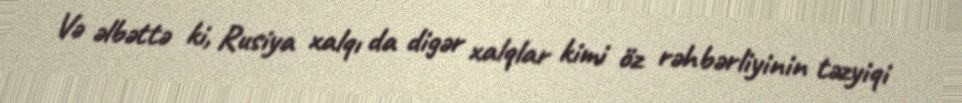
Və əlbəttə ki, Rusiya xalqı da digər xalqlar kimi öz rəhbərliyinin təzyiqi